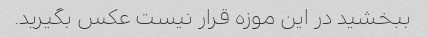
ببخشید در این موزه قرار نیست عکس بگیرید.